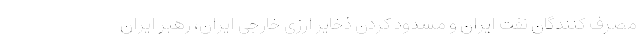
مصرف کنندگان نفت ایران و مسدود کردن ذخایر ارزی خارجی ایران، رهبر ایران